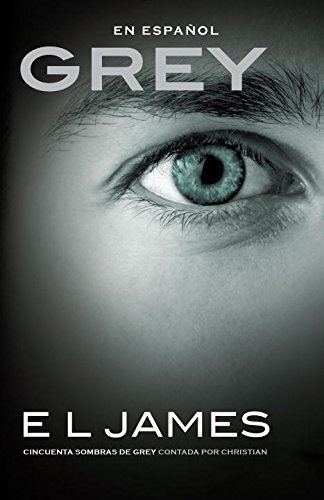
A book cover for Grey (En espanol): Cincuenta sombras de Grey contada por Christian (Spanish Edition); E L James; Romance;